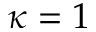
\kappa = 1